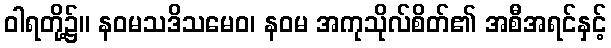
ဝါရတို့၌။ နဝမသဒိသမေဝ၊ နဝမ အကုသိုလ်စိတ်၏ အစီအရင်နှင့်